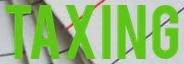
TAXING